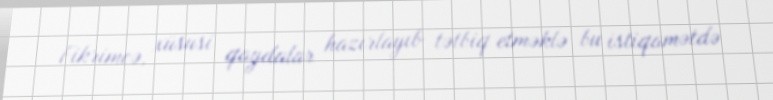
Fikrimcə, xüsusi qaydalar hazırlayıb tətbiq etməklə bu istiqamətdə